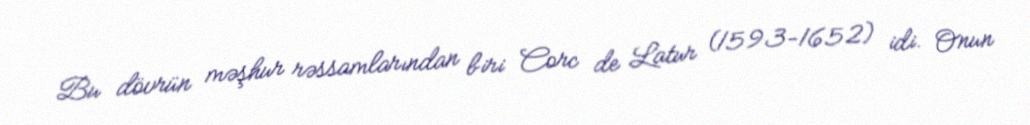
Bu dövrün məşhur rəssamlarından biri Corc de Latur (1593-1652) idi. Onun